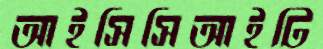
আইসিসিআইটি